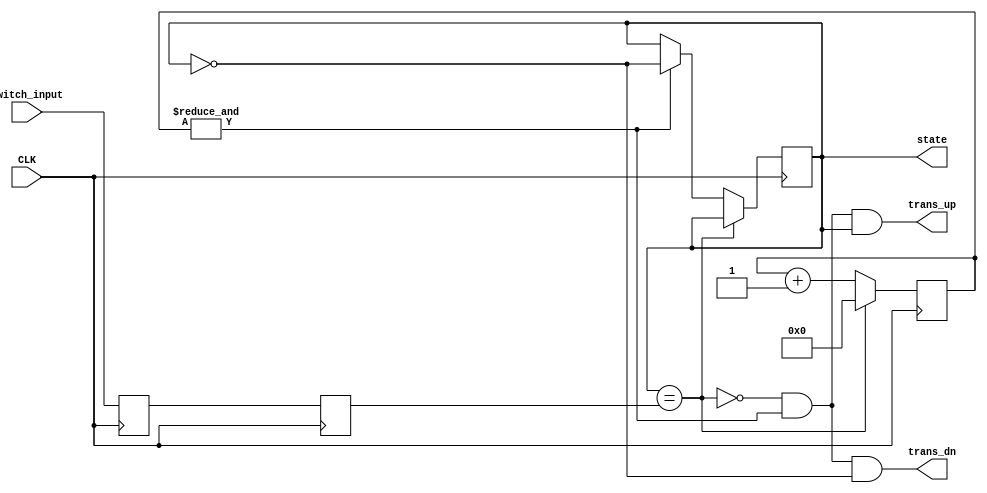
// This program was cloned from: https://github.com/simonmonk/prog_fpgas
// License: MIT License

module debouncer(
    input CLK,
    input switch_input,
    output reg state,
    output trans_up,
    output trans_dn
    );

// Synchronize the switch input to the clock
reg sync_0, sync_1;
always @(posedge CLK) 
begin
  sync_0 = switch_input;
end
	
always @(posedge CLK) 
begin
  sync_1 = sync_0;
end

// Debounce the switch
reg [16:0] count;
wire idle = (state == sync_1);
wire finished = &count;	// true when all bits of count are 1's

always @(posedge CLK)
begin
  if (idle)
  begin
    count <= 0;
  end
  else 
  begin
    count <= count + 16'd1;  
    if (finished)
    begin
      state <= ~state;  
    end
  end
end

assign trans_dn = ~idle & finished & ~state;
assign trans_up = ~idle & finished & state;

endmodule